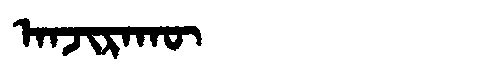
Manchu: ᠠᠨᠵᡳᡵᠠᡴᡡ
Romanization: ANJIRAKŪ